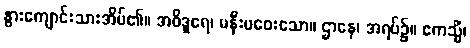
နွားကျောင်းသားအိမ်၏။ အဝိဒူရေ၊ မနီးမဝေးသော။ ဌာနေ၊ အရပ်၌။ ဧကသ္မိံ၊